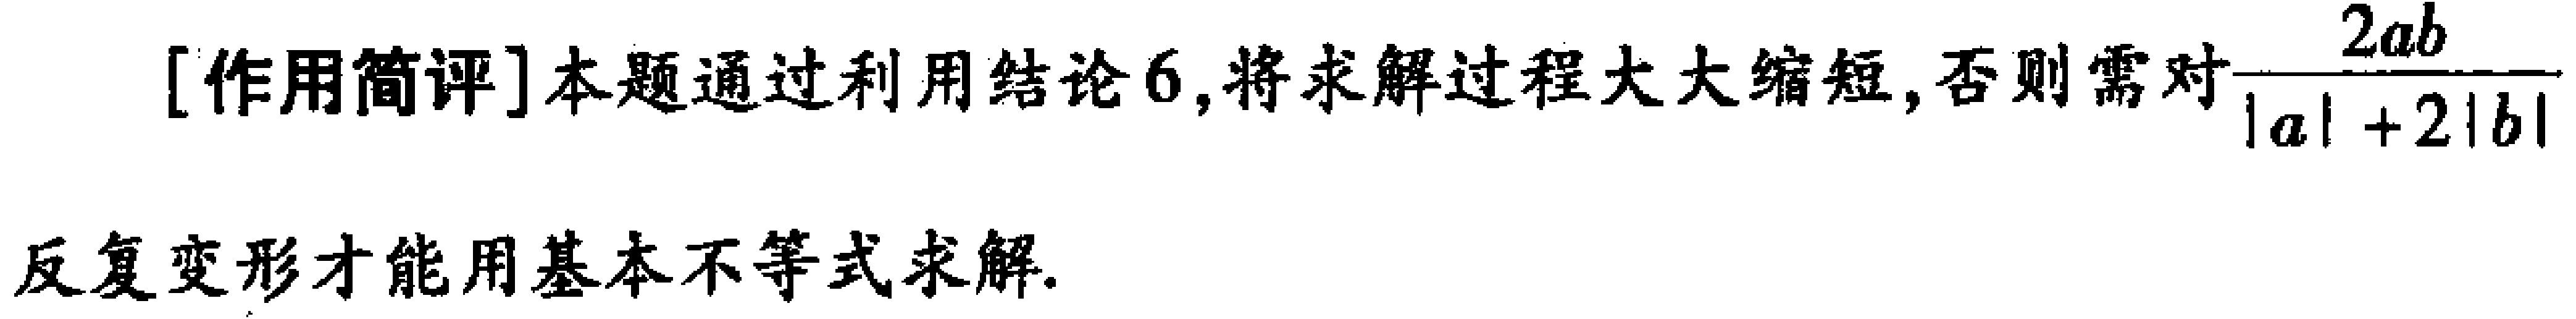
[作用简评]本题通过利用结论6,将求解过程大大缩短,否则需对$\frac{2ab}{|a| + 2|b|}$反复变形才能用基本不等式求解.